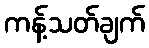
ကန့်သတ်ချက်